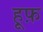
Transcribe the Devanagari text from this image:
हूफ़